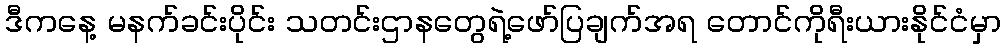
ဒီကနေ့ မနက်ခင်းပိုင်း သတင်းဌာနတွေရဲ့ဖော်ပြချက်အရ တောင်ကိုရီးယားနိုင်ငံမှာ